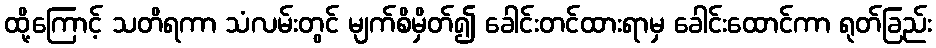
ထို့ကြောင့် သတိရကာ သံလမ်းတွင် မျက်စိမှိတ်၍ ခေါင်းတင်ထားရာမှ ခေါင်းထောင်ကာ ရုတ်ခြည်း